Sketch of the medical history of the native army of Bombay, for the year
Year: 1872
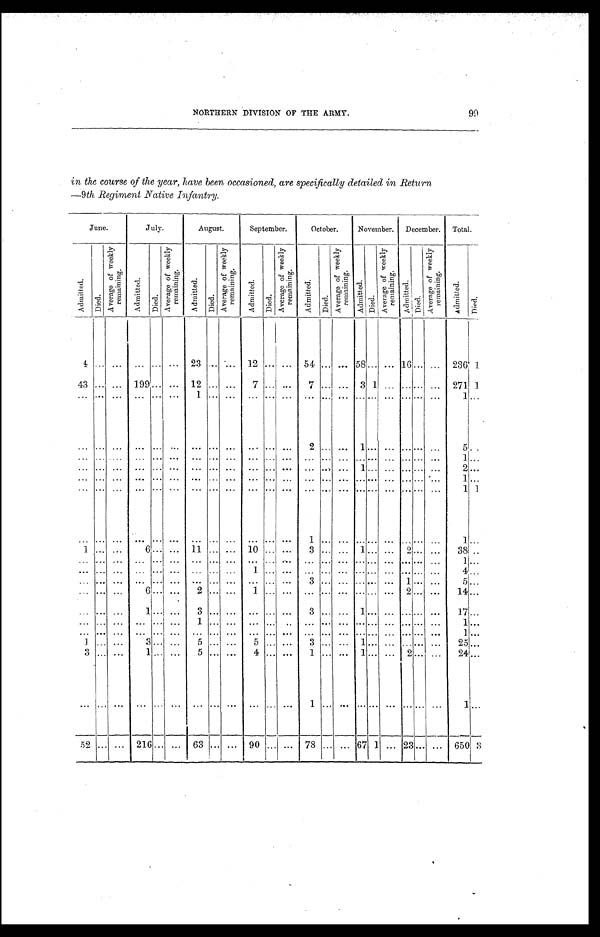
NORTHERN DIVISION OF THE ARMY.
99
in the course of the year, have been occasioned, are specifically detailed in Return
—9th Regiment Native Infantry.
June.
July.
August.
September.
October.
November. December. Total.
A d m i t t e d .
D i e d .
A v e r a g e o f w e e k l y r e m a i n i n g .
A d m i t t e d .
D i e d .
A v e r a g e o f w e e k l y r e m a i n i n g .
Admi t t ed.
D i e d .
A v e r a g e o f w e e k l y r e m a i n i n g .
A d m i t t e d .
Died.
A v e r a g e o f w e e k l y r e m a i n i n g .
A d m i t t e d .
D i e d .
A v e r a g e o f w e e k l y r e m a i n i n g .
A d m i t t e d .
D i e d .
A v e r a g e o f w e e k l y r e m a i n i n g .
A d m i t t e d .
D i e d .
A v e r a g e o f w e e k l y r e m a i n i n g .
A d m i t t e d .
D i e d .
4
. . . . . .
...
. . .
. . .
23
. . .
. . . 12 ...
. . . 54
. . .
...
58
. . .
... 16
. . .
. . . 236 1
43
. . . . . .
199 . . . . . . 12
. . .
. . . 7 ...
. . . 7 ... . . . 3 1
. . .
...
. . . ... 271 1
. . .
. . . . . .
. . .
. . . . . . 1
. . .
. . . ... ...
. . .
... . . .
. . . . . . . . .
. . .
...
. . .
. . .
1 . . .
. . . . . .
. . . ...
. . .
. . . ...
. . .
. . . ... ...
. . .
2 . . .
. . . 1 . . .
. . .
...
. . .
. . .
5
. . .
. . .
. . .
. . . ...
. . .
. . . ...
. . .
. . . ... ...
. . .
... . . .
. . . . . . . . .
. . .
...
. . .
. . .
1 . . .
. . . . . .
. . . ...
. . .
. . . ...
. . .
. . . ... ...
. . .
... . . .
. . . 1 . . .
. . .
...
. . .
. . .
2 . . .
. . . . . .
. . . ...
. . .
. . . ...
. . .
. . . ... ...
. . .
... . . .
. . . . . . . . .
. . .
...
. . .
. . .
1 . . .
. . . . . .
. . . ...
. . .
. . . ...
. . .
. . . ... ...
. . .
... . . .
. . . . . . . . .
. . .
...
. . .
. . .
1 1
. . . . . .
. . . ...
. . .
. . . ...
. . .
. . . ... ...
. . .
1 . . .
. . . . . . . . .
. . .
...
. . .
. . .
1
. . .
1 . . .
. . . 6
. . . . . . 11 ... ... 10 ... ...
3 . . .
. . . 1 . . .
. . .
2
. . .
. . . 38 ...
. . .
. . .
. . . ...
. . .
. . . ...
. . .
. . . ... ...
. . .
... . . .
. . . . . . . . .
. . .
...
. . .
. . .
1 . . .
. . . . . .
. . . ...
. . .
. . . ...
. . .
. . . 1 ...
. . .
... . . .
. . . . . . . . .
. . .
...
. . .
. . .
4 . . .
. . . . . .
. . . ...
. . .
. . . ...
. . .
. . . ... ...
. . .
3 . . .
. . . . . . . . .
. . .
1
. . .
. . .
5 . . .
. . . . . .
. . . 6
. . .
. . . 2
. . .
. . . 1 ...
. . .
... . . .
. . . . . . . . .
. . .
2
. . .
. . . 14 . . .
. . . . . .
. . . 1
. . .
. . . 3
. . .
. . . ... ...
. . .
3 . . . . . .
1 . . .
. . .
...
. . .
. . .
1 7 . . .
. . . . . .
. . .
... . . .
. . . 1
. . .
. . . ... ...
. . .
... . . .
. . . . . . . . .
. . .
...
. . .
. . .
1 . . .
. . . . . .
. . .
...
. . .
. . . ...
. . .
. . . ... ...
. . .
... . . .
. . . . . . . . .
. . .
...
. . .
. . .
1 . . .
1 . . .
. . .
3
. . .
. . . 5
. . .
. . .
5 ...
. . .
3 . . .
. . . 1 . . .
. . .
...
. . .
. . .
2 5 . . .
3 . . .
. . .
1
. . .
. . .
5 . . .
. . .
4
...
. . .
1 . . . . . .
1
. . . . . .
2
. . .
. . .
2 4
. . .
. . . . . .
. . .
...
. . .
...
... . . .
. . .
...
...
. . .
1
. . .
. . .
. . .
. . .
. . . ...
. . .
. . .
1
. . .
52
. . .
... 216
. . . ... 63 ... ... 90 ... ... 78 ... ... 67 1 ... 23
. . . ... 650 3